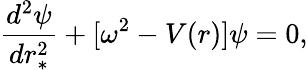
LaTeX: \frac{d^{2}\psi}{dr_{*}^{2}}+[\omega^{2}-V(r)]\psi=0,